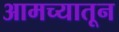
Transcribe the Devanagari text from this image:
आमच्यातून